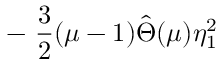
- ~ \frac { 3 } { 2 } ( \mu - 1 ) \hat { \Theta } ( \mu ) \eta _ { 1 } ^ { 2 }